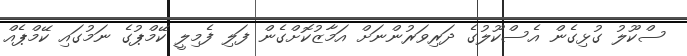
ސްކޫލު ގުޅިގެން އެސްކޫލުގެ ދަރިވަރުންނަށް އަމާޒުކޮށްގެން ފަލި ފެމިލީ ކޭމްޕުގެ ނަމުގައި ކޭމްޕެއް